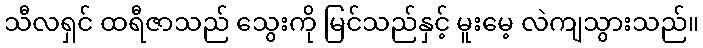
သီလရှင် ထရီဇာသည် သွေးကို မြင်သည်နှင့် မူးမေ့ လဲကျသွားသည်။